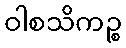
ဝါစသိကဉ္စ